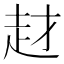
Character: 䞗